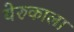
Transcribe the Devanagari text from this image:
येरुकाला